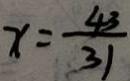
x = \frac { 4 3 } { 3 1 }